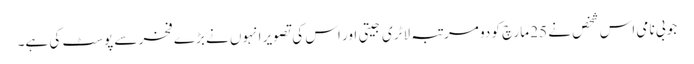
جو بی نامی اس شخص نے 25 مارچ کو دو مرتبہ لاٹری جیتی اور اس کی تصویر انہوں نے بڑے فخر سے پوسٹ کی ہے۔